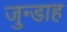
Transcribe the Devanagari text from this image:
जुन्डाह